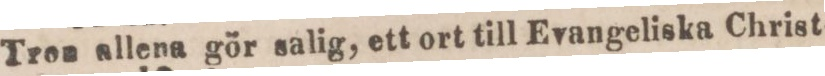
Tron allena gör salig, ett ort till Evangeliska Christ-